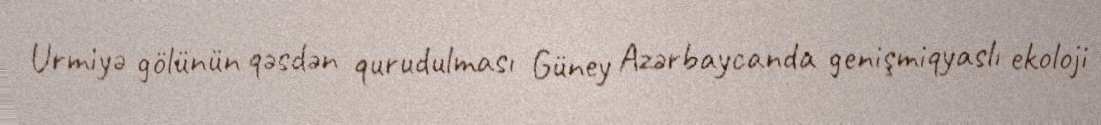
Urmiyə gölünün qəsdən qurudulması Güney Azərbaycanda genişmiqyaslı ekoloji